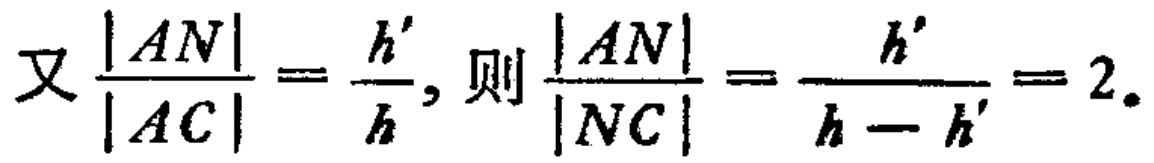
又$\frac{|AN|}{|AC|}=\frac{h'}{h}$, 则$\frac{|AN|}{|NC|}=\frac{h'}{h - h'}=2.$